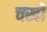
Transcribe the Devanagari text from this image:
चखों